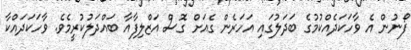
ފޯނުން އެ ވާހަކަދެއްކުމުގެ ބަދަލުގައި އަހަރެން ގެއަށް ގޮސް އަޒްލިފާއާ ބައްދަލުކުރީމެވެ. ވާހަކަދައްކާ